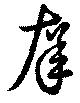
庠